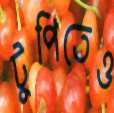
টুপিতেও